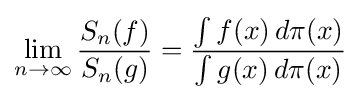
\lim _{n\to \infty }{\frac {S_{n}(f)}{S_{n}(g)}}={\frac {\int f(x)\,d\pi (x)}{\int g(x)\,d\pi (x)}}